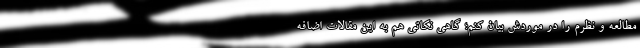
مطالعه و نظرم را در موردش بیان کنم؛ گاهی نکاتی هم به این مقالات اضافه